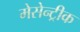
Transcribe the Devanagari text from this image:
मेसेन्ट्रीक